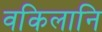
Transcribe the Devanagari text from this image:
वकिलानि